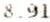
8.91